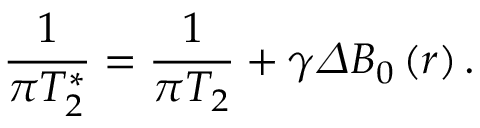
\frac { 1 } { \pi T _ { 2 } ^ { * } } = \frac { 1 } { \pi T _ { 2 } } + \gamma \varDelta B _ { 0 } \left( r \right) .